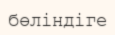
бөліндіге